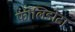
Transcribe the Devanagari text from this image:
फोलिडोटा